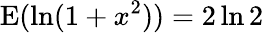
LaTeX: \operatorname{E}(\ln(1+x^{2}))=2\ln 2